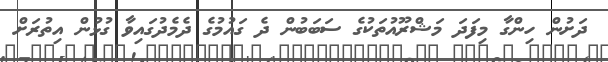
ދަށުން ހިންގާ މިފަދަ މަޝްރޫއުތަކުގެ ސަބަބުން ދެ ގައުމުގެ ދެމެދުގައިވާ ގުޅުން އިތުރަށް